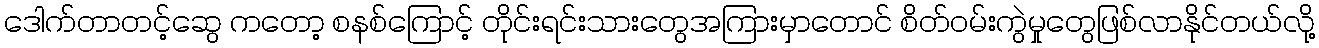
ဒေါက်တာတင့်ဆွေ ကတော့ စနစ်ကြောင့် တိုင်းရင်းသားတွေအကြားမှာတောင် စိတ်ဝမ်းကွဲမှုတွေဖြစ်လာနိုင်တယ်လို့